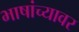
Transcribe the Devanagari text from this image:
भाषांच्यावर